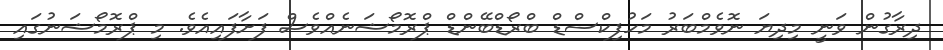
ދިރާގުން ވަނީ މިދިޔަ ނޮވެމްބަރު މަހުފިކްސްޑް ބްރޯޑްބޭންޑް ޕްރޮމޯޝަނެއްވެސް ފަށާފައިއެވެ. މި ޕްރޮމޯޝަނުގައި